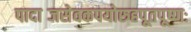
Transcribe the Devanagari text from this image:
पादाब्जसेवकपयोरुहपूतपूष्णः